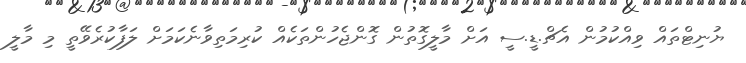
ޔުނިޓްތައް ވިއްކުމުން އެޗް.ޑީ.ސީ އަށް މާލީގޮތުން ގޮންޖެހުންތަކެއް ކުރިމަތިވާނެކަމަށް ލަފާކުރެވޭތީ މި މާލީ